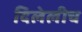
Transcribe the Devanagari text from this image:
दिलेलीच